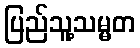
ပြည်သူ့သမ္မတ